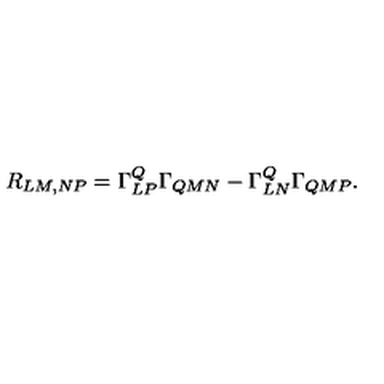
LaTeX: R _ { L M , N P } = \Gamma _ { L P } ^ { Q } \Gamma _ { Q M N } - \Gamma _ { L N } ^ { Q } \Gamma _ { Q M P } .